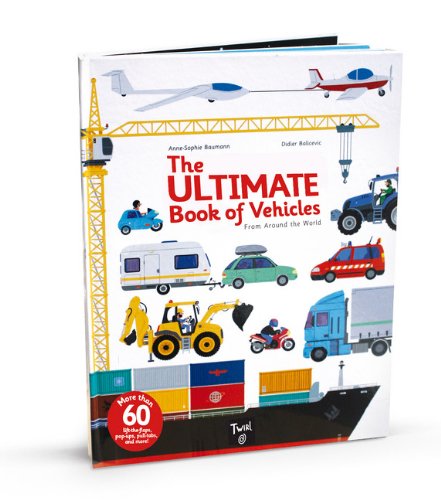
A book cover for The Ultimate Book of Vehicles: From Around the World; Reference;